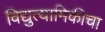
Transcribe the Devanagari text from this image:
विद्युत्यामिकीचा